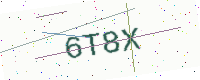
Text: 6T8X